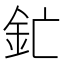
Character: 釯